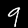
Digit: 9